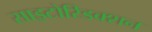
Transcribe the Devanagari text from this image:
साइटोरिडक्शन